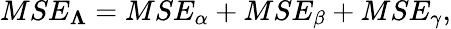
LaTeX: MSE_{\boldsymbol{\Lambda}}=MSE_{\alpha}+MSE_{\beta}+MSE_{\gamma},